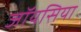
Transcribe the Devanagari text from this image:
जॉयसिया